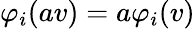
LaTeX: \varphi_{i}(av)=a\varphi_{i}(v)